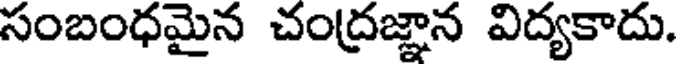
సంబంధమైన చంద్రజ్ఞాన విద్యకాదు.